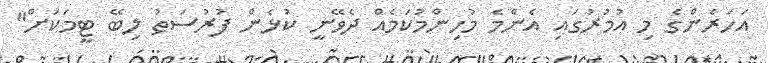
އަހަރެންގެ މި އުމުރުގައި އެންމެ މުހިންމުކަމެއް ދެވޭނީ ކުޅެން ފުރުސަތު ލިބޭ ޓީމަކަށް"